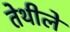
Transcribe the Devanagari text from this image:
तेथीले